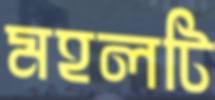
মহলটি